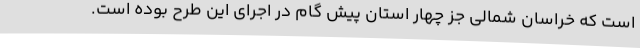
است که خراسان شمالی جز چهار استان پیش گام در اجرای این طرح بوده است.